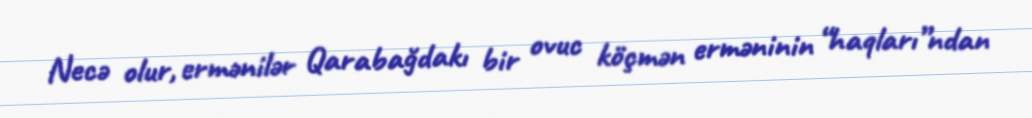
Necə olur, ermənilər Qarabağdakı bir ovuc köçmən erməninin “haqları”ndan